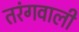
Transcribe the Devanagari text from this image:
तरंगवाली